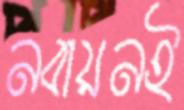
নবায়নই